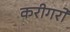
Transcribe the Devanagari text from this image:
करीगरों